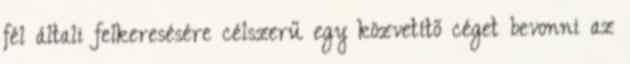
fél általi felkeresésére célszerű egy közvetítő céget bevonni az